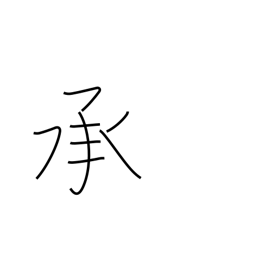
Meaning: acquiesce